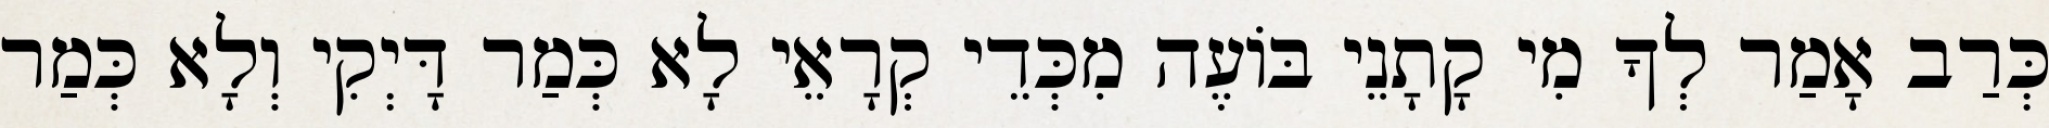
כְּרַב אָמַר לְךָ מִי קָתָנֵי בּוֹעֶה מִכְּדֵי קְרָאֵי לָא כְּמַר דָּיְקִי וְלָא כְּמַר